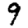
Digit: 9